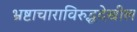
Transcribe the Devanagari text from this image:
भ्रष्टाचाराविरुद्धदेखील